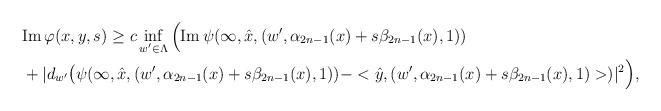
\begin{align*} &{\rm Im\,}\varphi(x, y,s)\geq c\inf_{w'\in\Lambda}\Big({\rm Im\,}\psi(\infty,\hat x,(w',\alpha_{2n-1}(x)+s\beta_{2n-1}(x),1))\\&+|d_{w'}\bigr(\psi(\infty, \hat x, (w',\alpha_{2n-1}(x)+s\beta_{2n-1}(x),1))-<\hat y, (w',\alpha_{2n-1}(x)+s\beta_{2n-1}(x),1)>)|^2\Big),\end{align*}